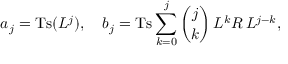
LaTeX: a _ { j } = \mathrm { T s } ( L ^ { j } ) , \quad b _ { j } = \mathrm { T s } \sum _ { k = 0 } ^ { j } { \binom { j } { k } } \, L ^ { k } R \, L ^ { j - k } ,